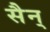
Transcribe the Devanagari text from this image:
सैन्